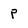
Character: p